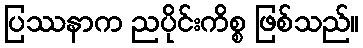
ပြဿနာက ညပိုင်းကိစ္စ ဖြစ်သည်။